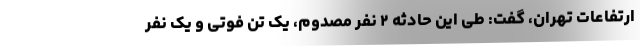
ارتفاعات تهران، گفت: طی این حادثه ۲ نفر مصدوم، یک تن فوتی و یک نفر